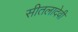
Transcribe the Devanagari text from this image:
सीतलादेवी